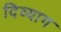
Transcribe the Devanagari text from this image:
दिव्याग